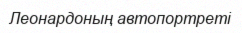
Леонардоның автопортреті